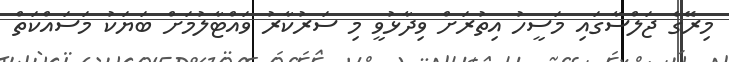
މިރޭގެ ޖަލްސާގައި މަސީހު އިތުރަށް ވިދާޅުވީ މި ސަރުކާރު ވައްޓާލުމަށް ބަޔަކު މަސައްކަތް